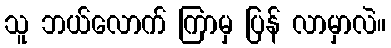
သူ ဘယ်လောက် ကြာမှ ပြန် လာမှာလဲ။